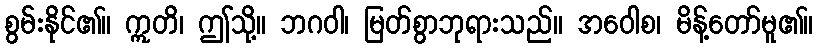
စွမ်းနိုင်၏။ ဣတိ၊ ဤသို့။ ဘဂဝါ၊ မြတ်စွာဘုရားသည်။ အဝေါစ၊ မိန့်တော်မူ၏။